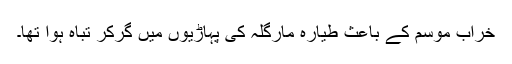
خراب موسم کے باعث طیارہ مارگلہ کی پہاڑیوں میں گرکر تباہ ہوا تھا۔